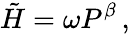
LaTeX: \tilde{H}=\omega P^{\beta}\, ,